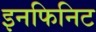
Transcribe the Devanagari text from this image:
इनफिनिट